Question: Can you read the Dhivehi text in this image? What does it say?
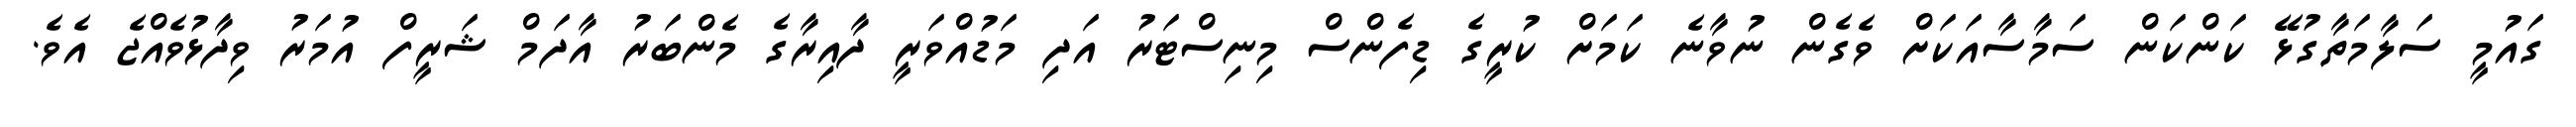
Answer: ގައުމީ ސަލާމަތާގުޅޭ ކަންކަން ސަމާސާއަކަށް ވެގެން ނުވާނެ ކަމަށް ކުރީގެ ޑިފެންސް މިނިސްޓަރު އަދި މަޑުއްވަރީ ދާއިރާގެ މެންބަރު އާދަމް ޝަރީފް އުމަރު ވިދާޅުވެއްޖެ އެވެ.